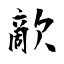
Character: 歒